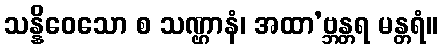
သန္နိဝေသော စ သဏ္ဌာနံ၊ အထာ’ဗ္ဘန္တရ မန္တရံ။